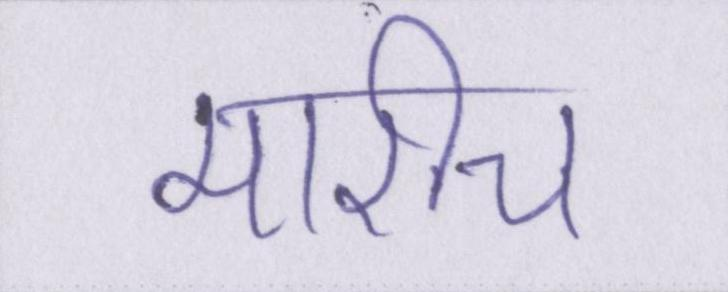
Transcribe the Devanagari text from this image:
मारीच